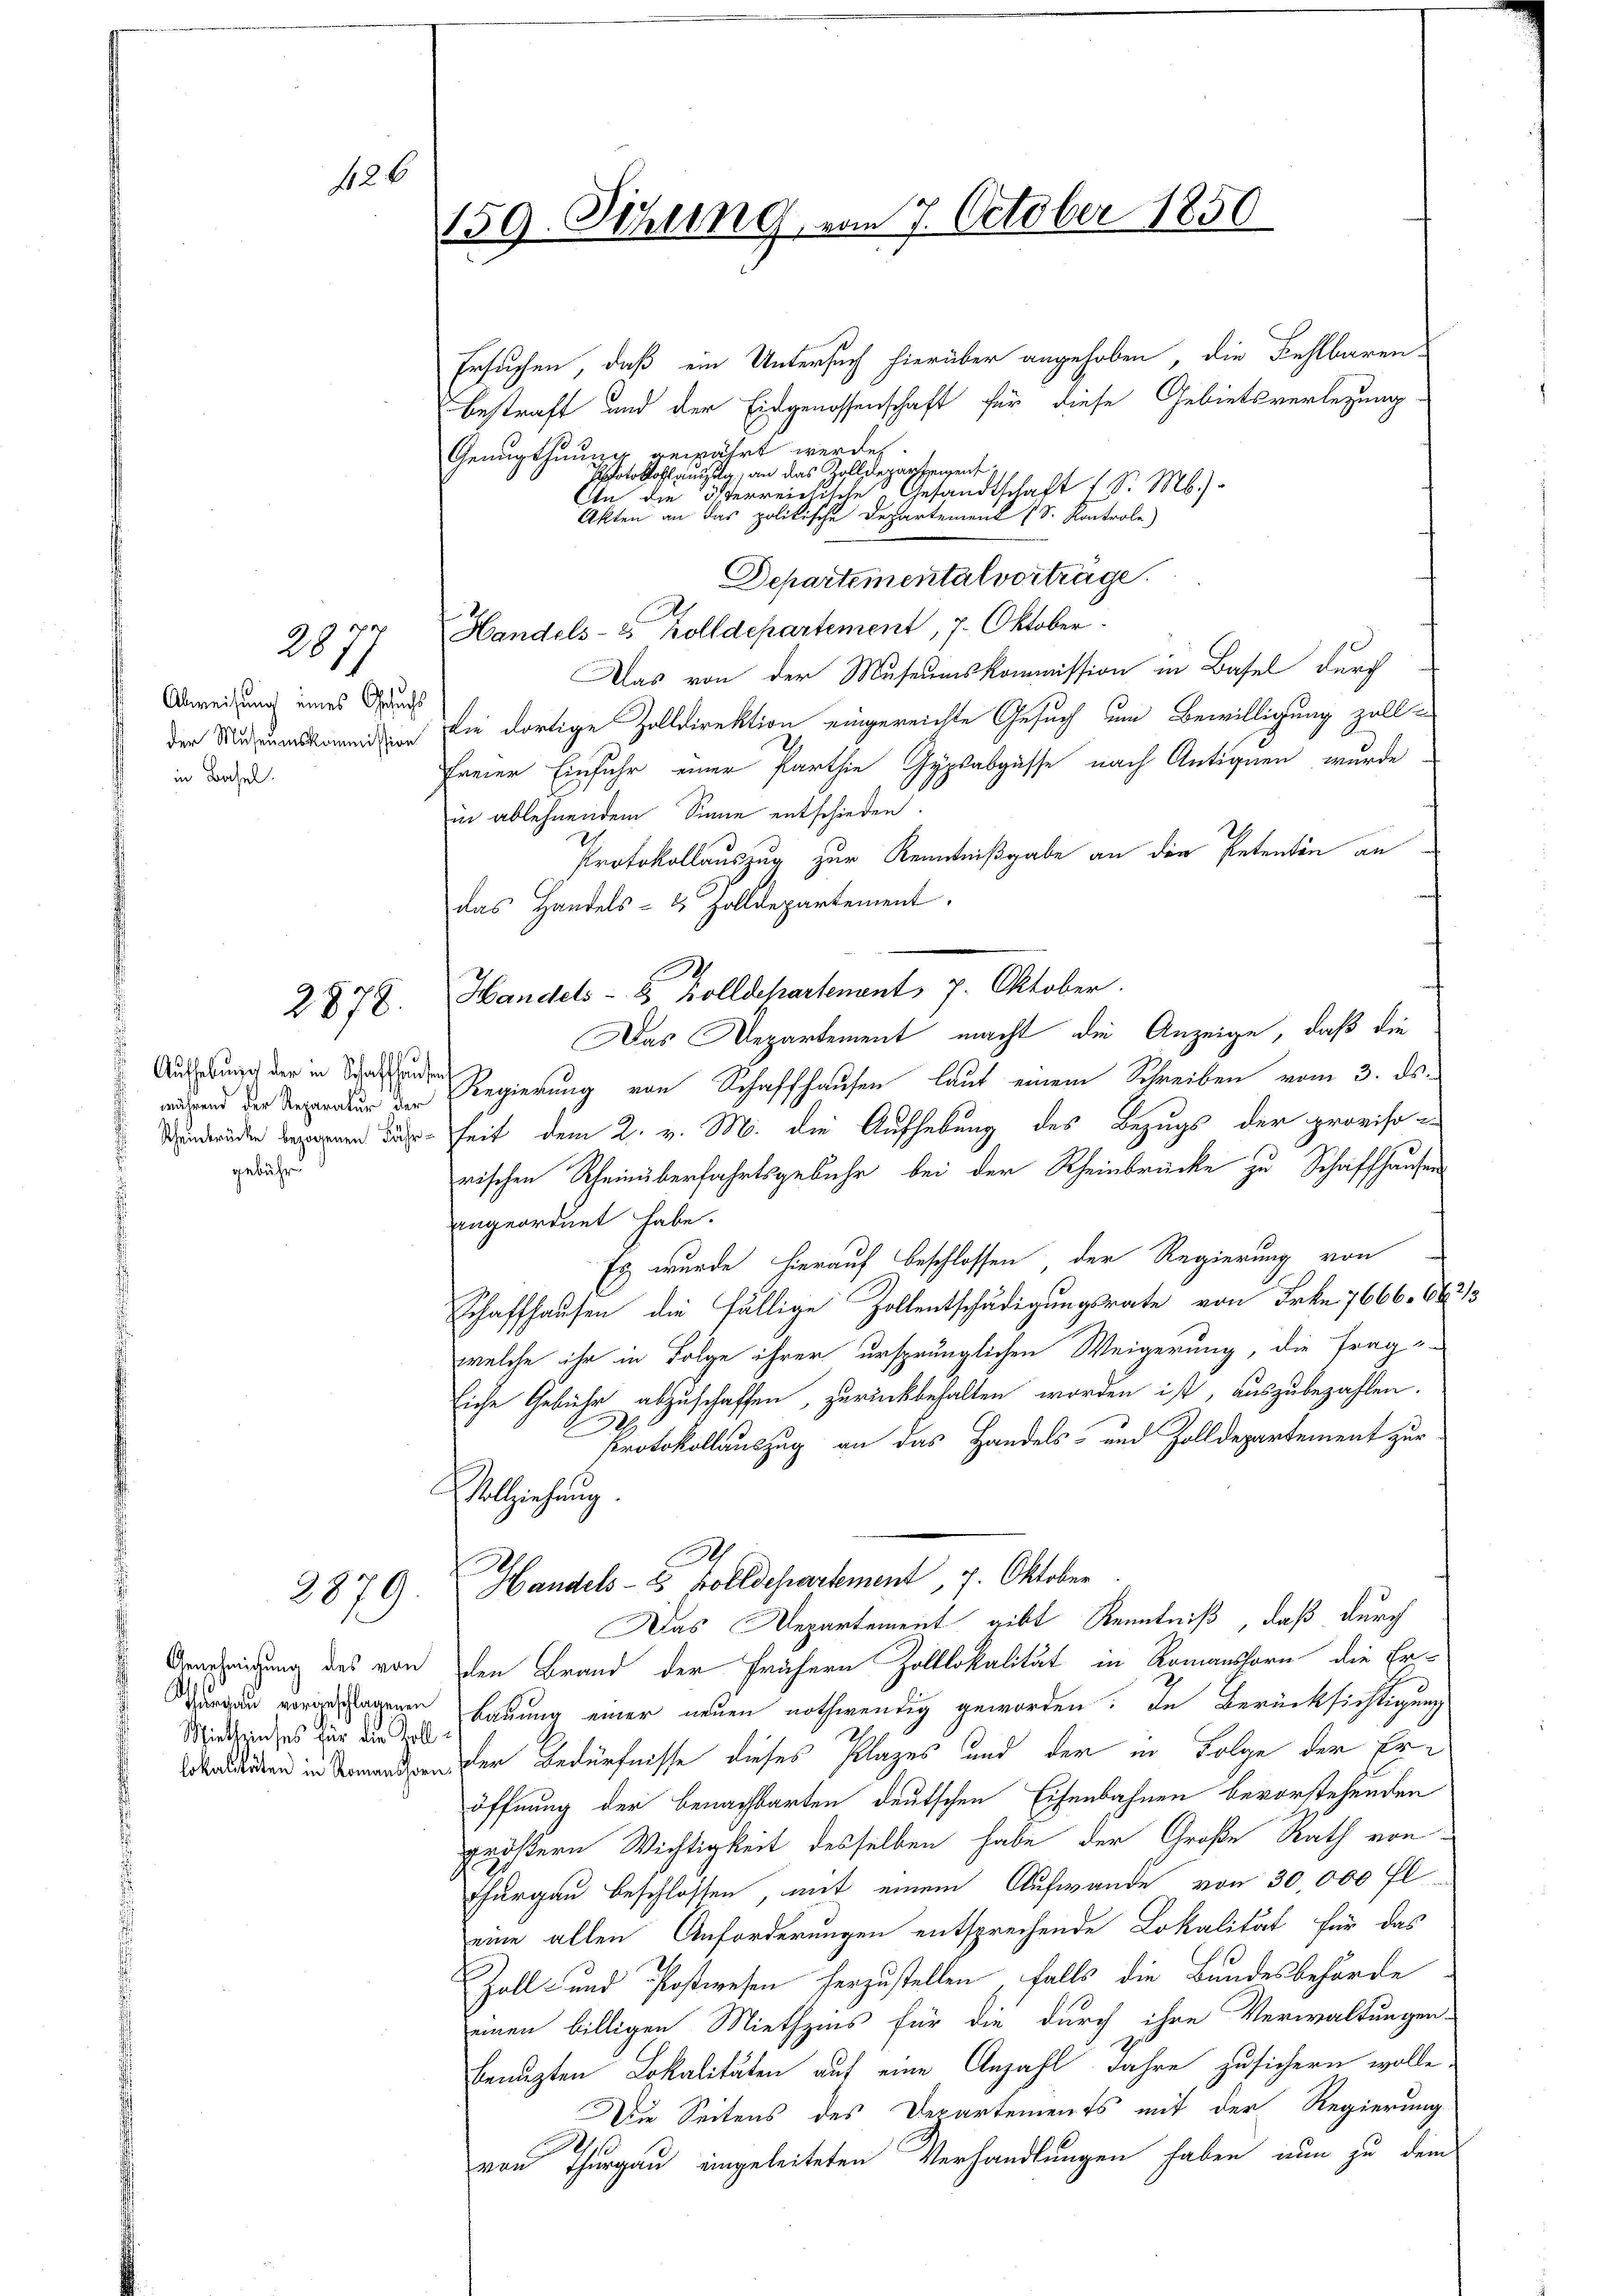
126

Abweisung eines Gesuchs
der Museumskommission
in Basel.

2877

Aufhebung der in Schaffhausen
gebühr

2878.

2879.

Miethzinses für die Zoll¬

159. Schling, vom 7. October 1850.

Ersuchen, daß ein Untersuch hierüber angehoben, die Fehlbaren-
bestraft und der Eidgenossenschaft für diese Gebietsverlegung
Genugthumer gewährt werden.
Photoshof auszug, an das Zolldepartement
An die erreichische Gesandtschaft 1 S. M.)
Akten an das politische Departement (S. Kontrole)
Departemental vorträge.
Handels- 2 Zolldepartement, 7. Oktober.
Das von der Museumskommission in Basel durch
die dortige Zolldirektion eingereichte Gesuch um Bewilligung zoll-
freier Einfuhr einer Parthie Gypsabgüsse nach Antignen wurde
in ablehnendem Sinne entschieden.
Protokollauszug zur Kenntnißgabe an den Petenten an
das Handels- & Zolldepartement
Handels- 8 Zolldehartenant, 7. Oktober.
Das Departement macht die Anzeige, daß die
während der Regenden der Regierung von Schaffhausen laut einem Schreiben vom 3. ds.
 heit dem 2. v. M. die Aufhebung des Bezugs der provisorischen Rheinüberfahrtsgebühr bei der Rheinbrücke zu Schaffhausen
angeordnet habe.
Es wurde hierauf beschlossen, der Regierung von
Schaffhausen die fällige Zollentschädigungsrate von Frkn. 7666. 643/3
welche ihr in Folge ihrer ursprünglichen Weigerung, die frag-
liche Gebühr abzuschaffen, zurückbehalten worden ist, auszubezahlen.
Protokollauszug an das Handels- und Zolldepartement zur
Vollziehung.
Handels- 2 Zolldepartement, 7. Oktober
Das Departement gibt Kenntniß, daß durch
Genehmigung des von den Brand der frühern Zolllokalität in Romanshorn die Erst
Purgau vorgelagenen Bauung einer neuen nothwendig geworden: In Berücksichtigung
en in dener Bedürfnisse dieses Plazes und der in Folge der Eröffnung der benachbarten deutschen Eisenbahnen bevorstehenden
pröstern Wichtigkeit desselben habe der Große Rath von
Thurgau beschlossen, mit einem Aufwande von 30,000 fl
eine allen Anforderungen entsprechende Lokalität für das
Zoll- und Postwesen herzustellen, falls die Bundesbehörde
einen billigen Miethzins für die durch ihre Verwaltungen-
benuzten Lokalitäten auf eine Anzahl Jahre zusichern wolle,
Die Seitens des Departements mit der Regierung
von Thurgau eingeleiteten Verhandlungen haben nun zu dem